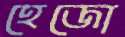
হেজো